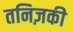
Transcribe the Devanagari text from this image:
तनिज़की